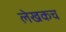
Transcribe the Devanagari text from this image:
लेखकच